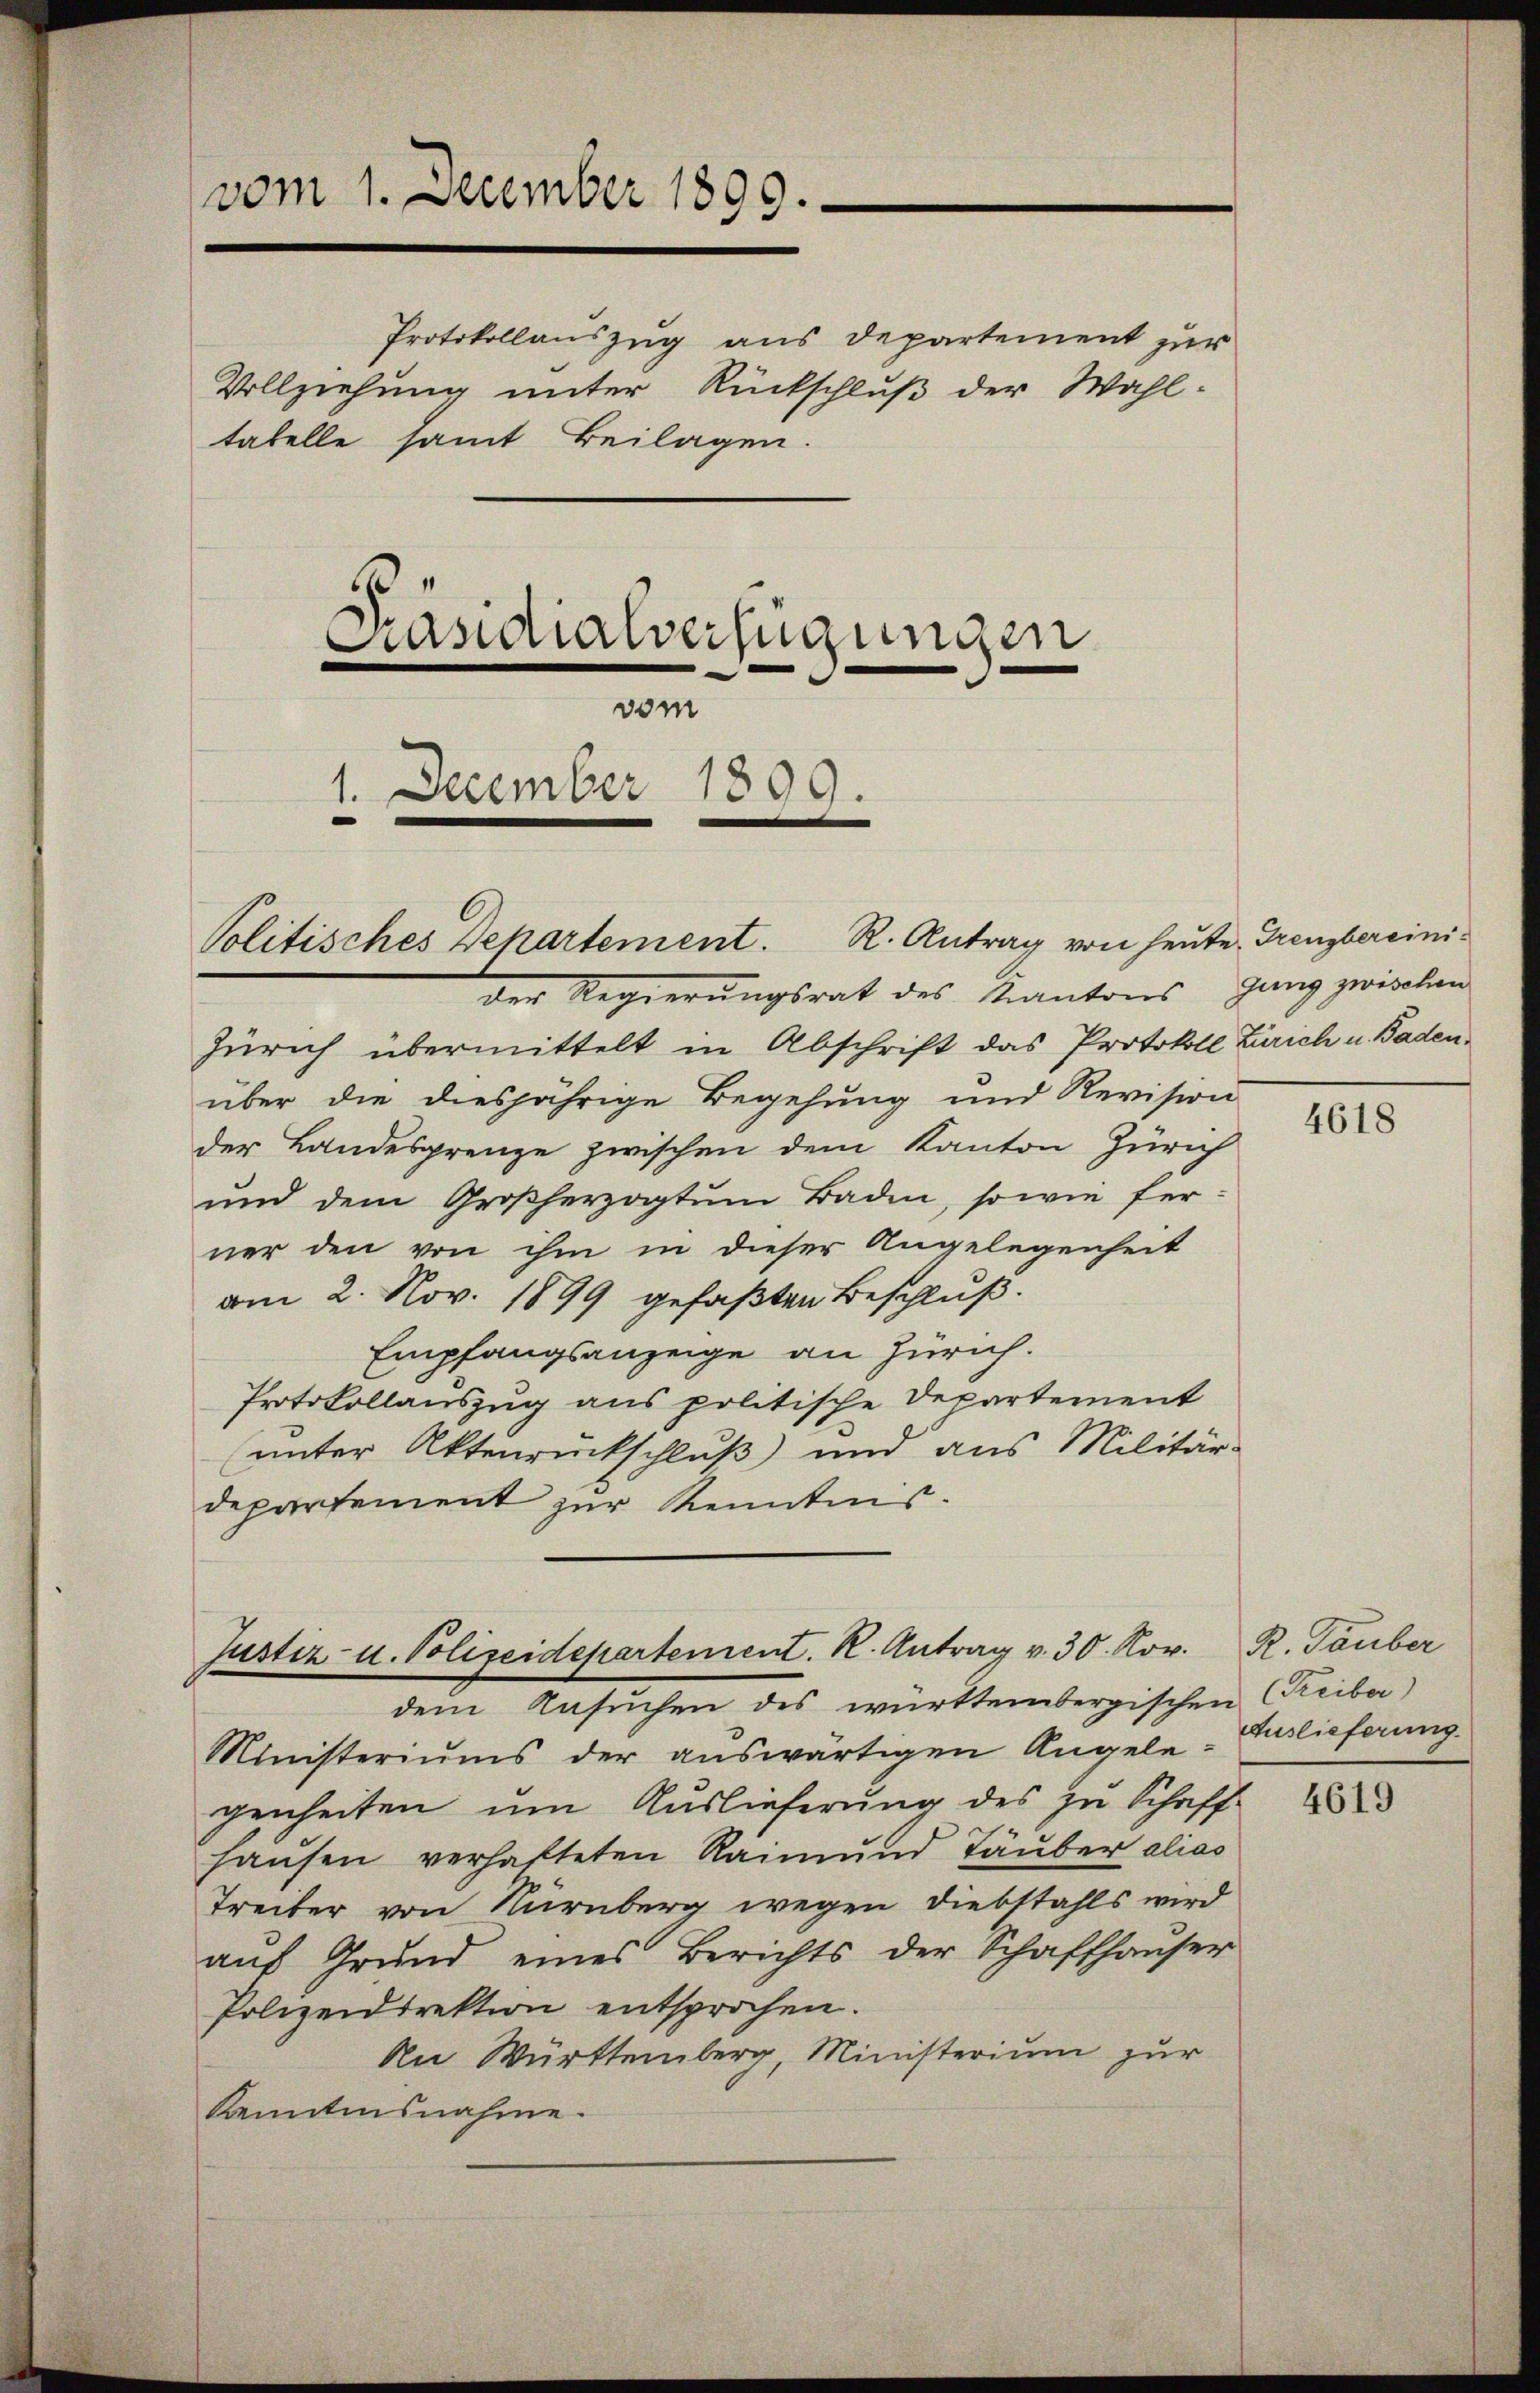
vom 1. December 1899.

b
Präsidialverfügungen
vom

Protokollauszug aus Departement zur
Vollziehung unter Rückschluß der Wahltabelle samt Beilagen.

1. December 1899.

der Regierungsrat des Kantons gang zwischen
Zürich übermittelt in Abschrift das Protokoll Zürich u. Badenüber die diesjährige Begehung und Revision
der Landesgrenze zwischen dem Kanton Zürich
und dem Großherzogtum Baden, so wie ferner den von ihm in dieser Angelegenheit
am 2. Nov. 1899 gefaßten Beschluß.
Empfangsanzeige an Zürich.
Protokollauszug aus politische Departement
(unter Aktenrückschluß und aus Militär-
departement zur Kenntnis.

Politisches Dekartement. R. Antrag von heute Grenzbereini-

Justiz- u. Polizeidepartement. K. Antrag v. 30. Nov.
dem Ansuchen des württembergischen Freiber)

Ministeriums der auswärtigen Angelegenheiten um Auslieferung des zu Schaff-
hausen verhafteten Raimund Täuber alias
Treiber von Nürnberg wegen Diebstahls wird
auf Grund eines Berichts der Schaffhauser
Polizeidirektion entsprochen.
An Württemberg, Ministerium zur
Kenntnisnahme.

4618

R. Tauber
Auslieferung

4619